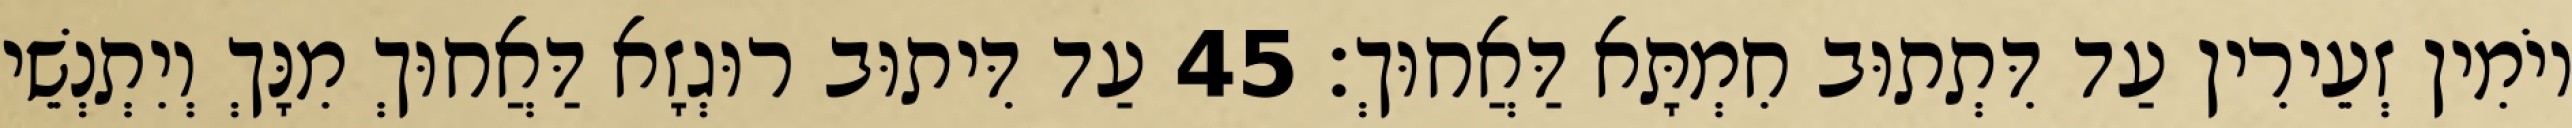
יוֹמִין זְעֵירִין עַד דִּתְתוּב חִמְתָּא דַּאֲחוּךְ׃ 45 עַד דִּיתוּב רוּגְזָא דַּאֲחוּךְ מִנָּךְ וְיִתְנְשֵׁי